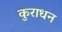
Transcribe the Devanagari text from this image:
कुराधन